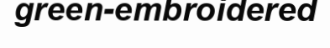
green-embroidered